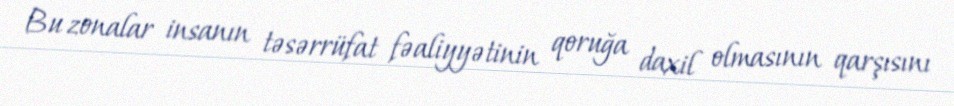
Bu zonalar insanın təsərrüfat fəaliyyətinin qoruğa daxil olmasının qarşısını